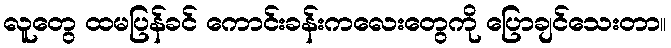
လူတွေ ထမပြန်ခင် ကောင်းခန်းကလေးတွေကို ပြောချင်သေးတာ။